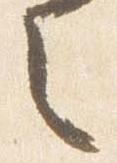
之